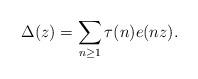
LaTeX: \begin{align*} \Delta(z) = \sum_{n \geq 1} \tau(n) e(nz).\end{align*}